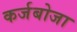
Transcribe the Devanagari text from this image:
कर्जबोजा